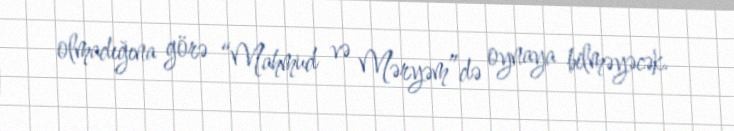
olmadığına görə “Mahmud və Məryəm”də oynaya bilməyəcək.